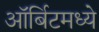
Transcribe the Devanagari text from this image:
ऑर्बिटमध्ये